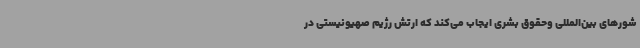
شورهای بین‌المللی وحقوق بشری ایجاب می‌کند که ارتش رژیم صهیونیستی در